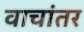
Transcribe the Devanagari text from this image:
वाचांतर